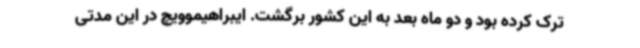
ترک کرده بود و دو ماه بعد به این کشور برگشت. ایبراهیموویچ در این مدتی